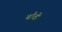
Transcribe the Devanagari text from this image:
बाँवी